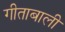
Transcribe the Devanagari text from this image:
गीताबाली